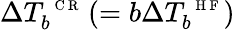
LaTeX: \Delta T_{b}^{\mathrm{~\scriptsize~C~R~}}\left(=b\Delta T_{b}^{\mathrm{~\scriptsize~H~F~}}\right)